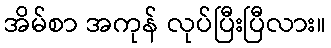
အိမ်စာ အကုန် လုပ်ပြီးပြီလား။